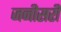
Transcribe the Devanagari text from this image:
जनीसरी